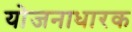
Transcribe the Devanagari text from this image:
योजनाधारक